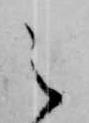
之